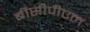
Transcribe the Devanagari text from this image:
बीसीपीएल